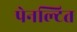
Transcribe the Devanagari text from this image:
पेनल्टित